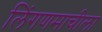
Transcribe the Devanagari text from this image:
लिंगणमाचीला